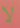
لا